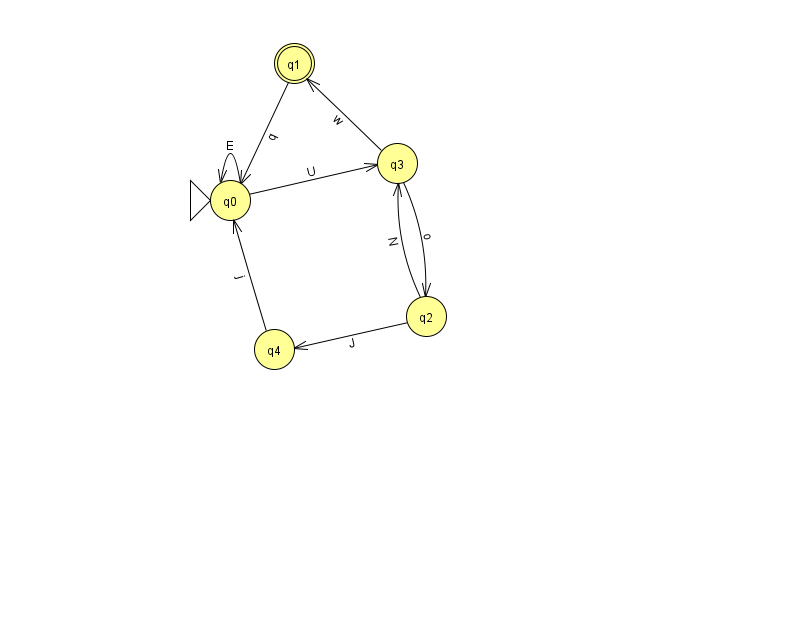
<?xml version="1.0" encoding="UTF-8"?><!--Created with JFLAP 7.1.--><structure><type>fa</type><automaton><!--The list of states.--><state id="0" name="q0"><x>230.0</x><y>187.0</y><initial/></state><state id="1" name="q1"><x>294.0</x><y>50.0</y><final/></state><state id="2" name="q2"><x>426.0</x><y>303.0</y></state><state id="3" name="q3"><x>397.0</x><y>150.0</y></state><state id="4" name="q4"><x>274.0</x><y>336.0</y></state><!--The list of transitions.--><transition><from>0</from><to>3</to><read>U</read></transition><transition><from>0</from><to>0</to><read>E</read></transition><transition><from>3</from><to>1</to><read>w</read></transition><transition><from>1</from><to>0</to><read>q</read></transition><transition><from>2</from><to>3</to><read>N</read></transition><transition><from>4</from><to>0</to><read>j</read></transition><transition><from>2</from><to>4</to><read>J</read></transition><transition><from>3</from><to>2</to><read>o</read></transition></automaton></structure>